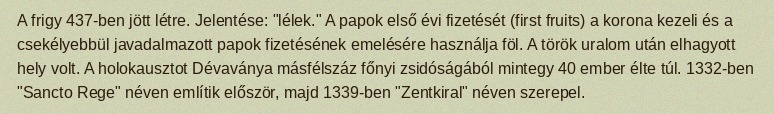
A frigy 437-ben jött létre. Jelentése: "lélek." A papok első évi fizetését (first fruits) a korona kezeli és a csekélyebbül javadalmazott papok fizetésének emelésére használja föl. A török uralom után elhagyott hely volt. A holokausztot Dévaványa másfélszáz főnyi zsidóságából mintegy 40 ember élte túl. 1332-ben "Sancto Rege" néven említik először, majd 1339-ben "Zentkiral" néven szerepel.